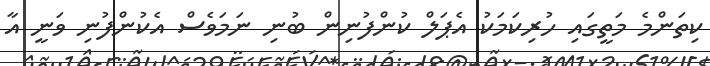
ކިތަންމެ މަތީގައި ހުރިކަމަކު އެޕަލް ކުންފުނިން ބުނި ނަމަވެސް އެކުންފުނި ވަނީ އާ